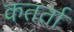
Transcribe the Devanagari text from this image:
कतर्ता